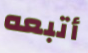
أتبعه